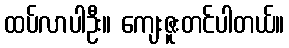
ထပ်လာပါဦး။ ကျေးဇူးတင်ပါတယ်။